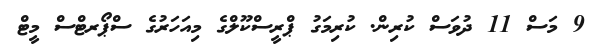
9 މަސް 11 ދުވަސް ކުރިން. ކުރިމަގު ޕްރީސްކޫލްގެ މިއަހަރުގެ ސްޕޯރޓްސް މީޓް